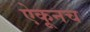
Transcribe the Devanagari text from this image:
ऐकूनच